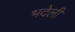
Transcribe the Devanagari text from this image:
भदेली